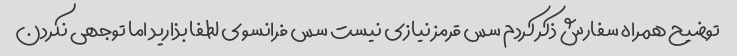
توضیح همراه سفارش ذکر کردم سس قرمز نیازی نیست سس فرانسوی لطفا بذارید اما توجهی نکردن